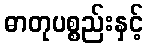
ဓာတုပစ္စည်းနှင့်